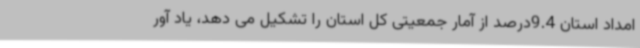
امداد استان 9.4درصد از آمار جمعیتی کل استان را تشکیل می دهد، یاد آور